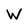
Character: W